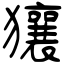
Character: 獽